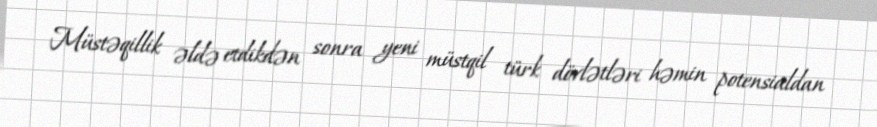
Müstəqillik əldə etdikdən sonra yeni müstqil türk dövlətləri həmin potensialdan